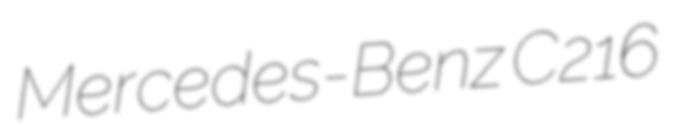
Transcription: Mercedes-Benz C216